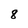
Character: 8